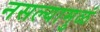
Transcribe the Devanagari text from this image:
नसल्यामुळं